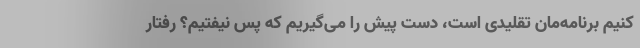
کنیم برنامه‌مان تقلیدی است، دست پیش را می‌گیریم که پس نیفتیم؟ رفتار